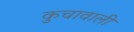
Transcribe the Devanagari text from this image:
कुचावाली